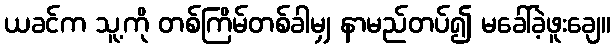
ယခင်က သူ့ကို တစ်ကြိမ်တစ်ခါမျှ နာမည်တပ်၍ မခေါ်ခဲ့ဖူးချေ။